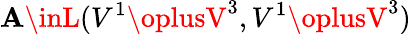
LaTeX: \mathbf{A}\inL(V^{1}\oplusV^{3},V^{1}\oplusV^{3})